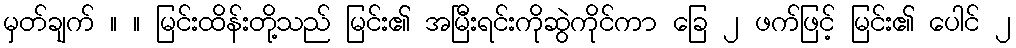
မှတ်ချက် ။ ။ မြင်းထိန်းတို့သည် မြင်း၏ အမြီးရင်းကိုဆွဲကိုင်ကာ ခြေ ၂ ဖက်ဖြင့် မြင်း၏ ပေါင် ၂